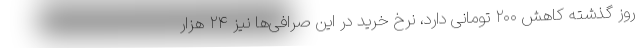
روز گذشته کاهش ۲۰۰ تومانی دارد، نرخ خرید در این صرافی‌ها نیز ۲۴ هزار